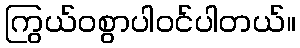
ကြွယ်ဝစွာပါဝင်ပါတယ်။